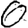
Digit: 0